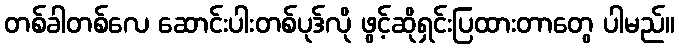
တစ်ခါတစ်လေ ဆောင်းပါးတစ်ပုဒ်လို ဖွင့်ဆိုရှင်းပြထားတာတွေ ပါမည်။